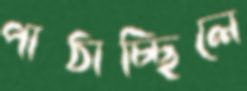
পাঠাচ্ছিলে